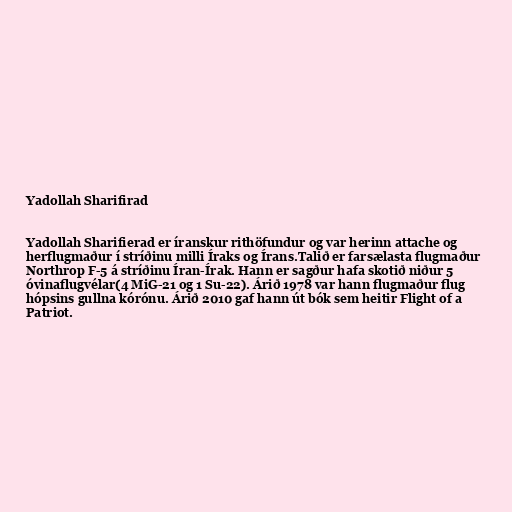
Yadollah Sharifirad

Yadollah Sharifierad er íranskur rithöfundur og var herinn attache og
herflugmaður í stríðinu milli Íraks og Írans.Talið er farsælasta flugmaður
Northrop F-5 á stríðinu Íran-Írak. Hann er sagður hafa skotið niður 5
óvinaflugvélar(4 MiG-21 og 1 Su-22). Árið 1978 var hann flugmaður flug
hópsins gullna kórónu. Árið 2010 gaf hann út bók sem heitir Flight of a
Patriot.